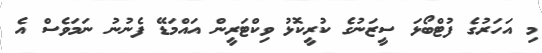
މި އަހަރުގެ ފުޓްބޯޅަ ސީޒަނުގެ ކުރީކޮޅު ވިކްޓަރީން އައްމަޑޭ ފެނުނު ނަމަވެސް އެ